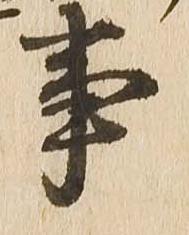
事